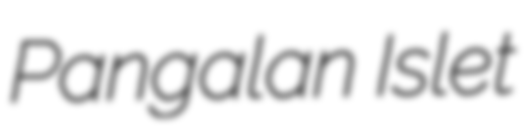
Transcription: Pangalan Islet